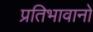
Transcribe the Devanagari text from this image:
प्रतिभावानों